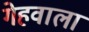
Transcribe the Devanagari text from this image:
गेहवाला